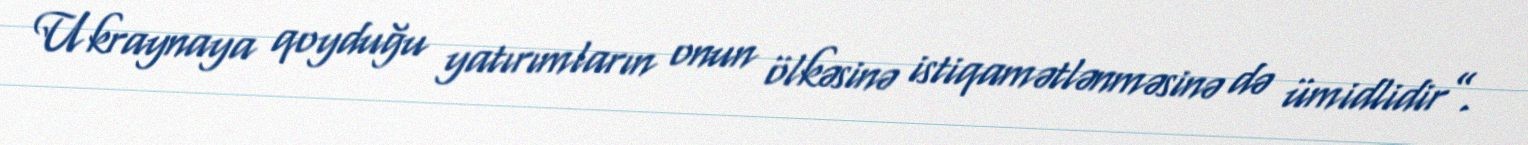
Ukraynaya qoyduğu yatırımların onun ölkəsinə istiqamətlənməsinə də ümidlidir”.